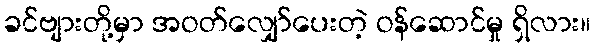
ခင်ဗျားတို့မှာ အဝတ်လျှော်ပေးတဲ့ ဝန်ဆောင်မှု ရှိလား။